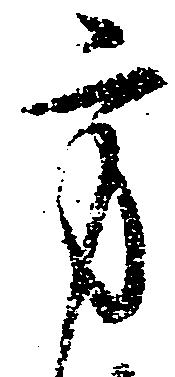
方